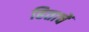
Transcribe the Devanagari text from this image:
हिताचें